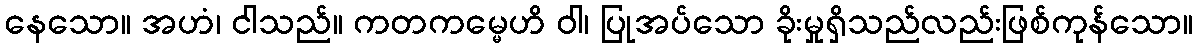
နေသော။ အဟံ၊ ငါသည်။ ကတကမ္မေဟိ ဝါ၊ ပြုအပ်သော ခိုးမှုရှိသည်လည်းဖြစ်ကုန်သော။